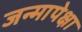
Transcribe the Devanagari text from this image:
जन्मापेक्षा